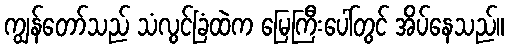
ကျွန်တော်သည် သံလွင်ခြံထဲက မြေကြီးပေါ်တွင် အိပ်နေသည်။